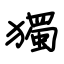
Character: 獨